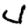
Digit: 4